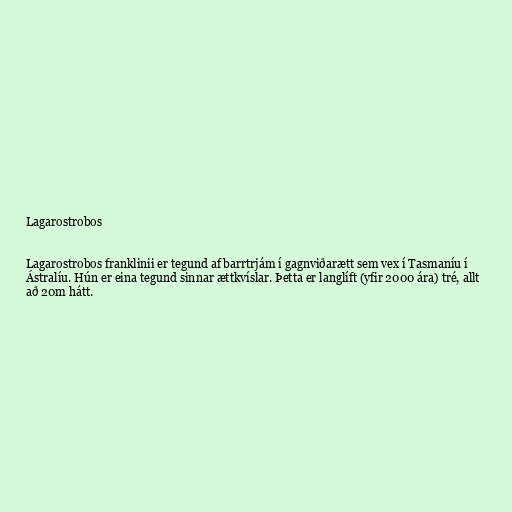
Lagarostrobos

Lagarostrobos franklinii er tegund af barrtrjám í gagnviðarætt sem vex í Tasmaníu í
Ástralíu. Hún er eina tegund sinnar ættkvíslar. Þetta er langlíft (yfir 2000 ára) tré, allt
að 20m hátt.